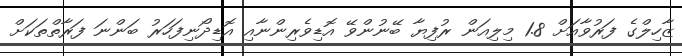
ޒާހިލްގެ ފަރުވާއަށް 1.8 މިލިއަން ރުފިޔާ ބޭނުންވޭ އޮޑިވެރިންނާއި އޮޑިދޯނިފަހަރު ބަންނަ ފަރާތްތަކަށް